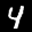
Label: 4